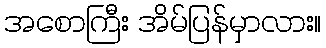
အစောကြီး အိမ်ပြန်မှာလား။